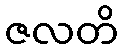
ဇလတိ